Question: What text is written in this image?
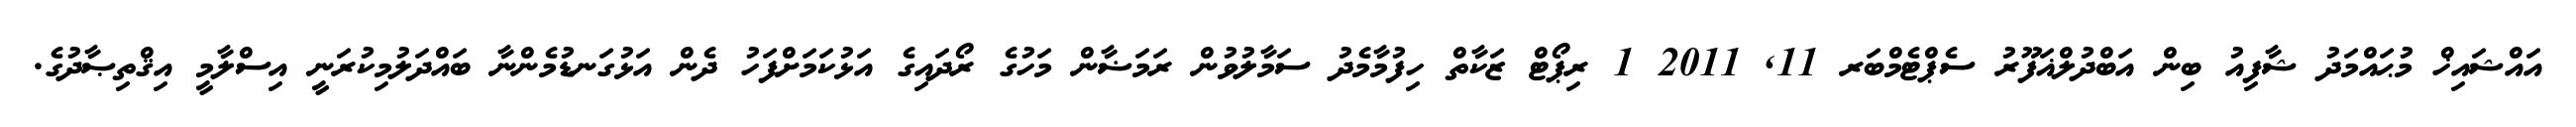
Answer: އައްޝައިޚް މުޙައްމަދު ޝާފިއު ބިން އަބްދުލްޣަފޫރު ސެޕްޓެމްބަރ 11, 2011 1 ރިޕޯޓް ޒަކާތް ހިފުމާމެދު ސަމާލުވުން ރަމަޟާން މަހުގެ ރޯދައިގެ އަޅުކަމަށްފަހު ދެން އަޅުގަނޑުމެންނާ ބައްދަލުމިކުރަނީ އިސްލާމީ އިޤްތިޞާދުގެ.